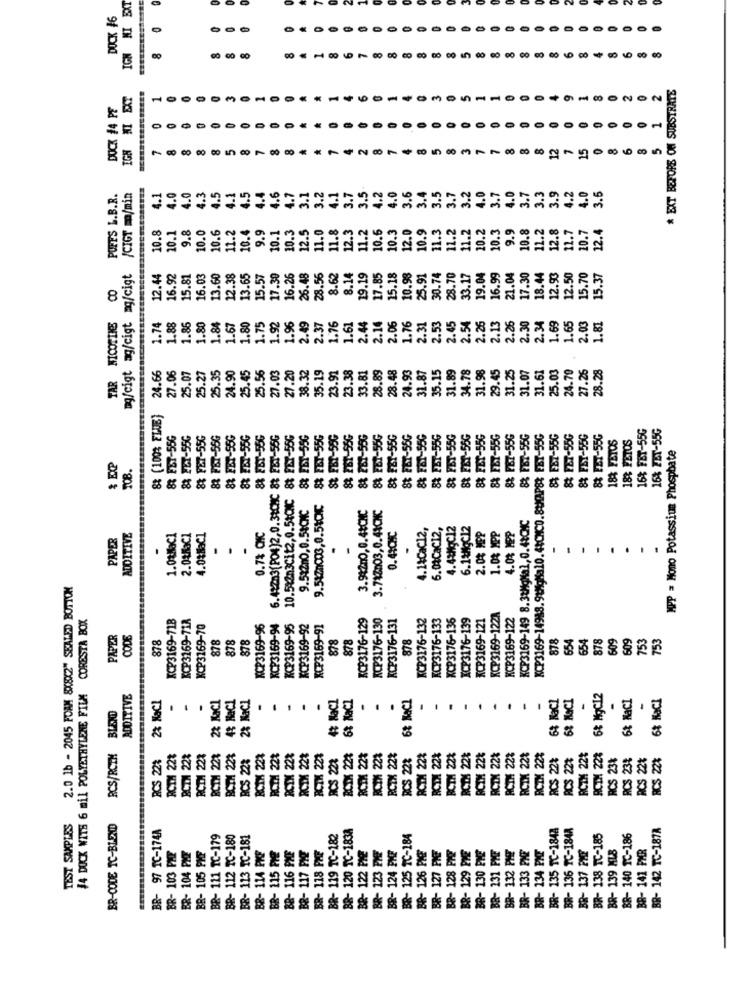
IGN NI EXT
DOCK #6
O
00
00
CO
* EXT BEFORE ON SUBSTRATE
IGN MI EXT
1
DUCK #4 PE
O
-
O
O
O
O
O
O
0
8
12
15
37
3.5
3.7
4.0
3.5
POFES L.B.R.
/CIGT m/min
4.1
4.0
4.0
4.3
1.5
4.1
4.5
4.4
4.6
4.7
3.1
3.2
4.1
3.7
4.2
4.0
3.6
3.4
3.5
3.2
4.0
3.7
4.0
3.7
3.3
3.9
4.2
10.8
10.0
10.4
10.3
12.5
11.8
12.3
12.0
11.3
11.2
11.2
10.2
10.3
9.9
10.8
11.2
10.1
9.8
10.6
11.2
9.9
10.1
11.0
11.2
10.6
10.3
10.9
12.8
11.7
10.7
12.4
mg/cigt ag/cigt mg/cigt
12.44
16.92
15.81
16.03
13.60
12.38
13.65
15.57
17.30
16.26
26.48
28.55
8.62
8.1
19.19
17.85
15.18
10.98
25.91
30.74
28.70
33.17
19.04
16.99
21.04
17.30
18.44
12.93
12.50
15.70
15.37
00
TAR NICOTINE
1.74
1.88
1.86
1.80
1.84
1.67
1.80
1.75
1.92
1.9%
2.45
2.37
1.76
1.61
2.44
2.14
2.06
1.76
2.31
2.53
2.45
2.54
2.26
2.13
2.26
2.30
2.34
1.69
1.65
2.03
1.81
25.27
25.35
24.90
25.45
25.56
27.03
27.20
38.32
35.19
23.92
23.38
28.89
28.48
24.93
35.15
31.89
34.78
29.45
31.25
31.07
31.61
25.03
24.79
27.26
28.28
24.66
27.06
25.07
33.81
31.87
31.98
88 (100% ELUE)
8 FET-55G
6.42703(PO4)2,0.31CHC 83 FET-55G
10.54203Cit2,0.54CNC 8t FET-55G
FET-55G
$2 FBT-55G
8 FBT-55G
8% FET-55G
16% FET-55G
16% FET-55G
& FET-55G
& FET-55G
8% FET-55G
8 FBT-55G
88 FET-55G
88 FBT-55G
88 FET-55G
281-55G
88 FET-55G
8 FBT-55G
8t FET-55G
& FET-55G
8% FBT-55G
88 FBT-55G
88 FET-55G
88 FBT-55G
88 FE7-55G
8% FBT-55G
8 FBT-55G
8 FE7-55G
8 FBT-55G
8 FET-55G
18% FETOS
188 FETOS
MPP = Mono Potassium Phosphate
9.51200,0.54CNC
9.5470003,0.510℃
3.94200,0.48CNC
3.747003,0.44CNC
KCP3169-149 8.3:MgMal,0.48CMC
4.14CaC12,
6.04Cac12,
4.42MgC12
6.1&MigC12
2.0% MPP
4.0% MPP
PAPER
ADDITIVE
1.0%MaCl
2.0&MaC1
4.0%MaCl
0.7% CNC
0.4:CHC
1.04 MPP
.
.
-
.
-
.
2.0 1b - 2045 FOAM 8X8X2" SEALED BOTTOM
#4 DOCK WITS 6 mil POLYETHYLENE FILM CORESTA BOX
XCP3169-718
KCP3169-71A
KCP3176-129
RCP3176-130
KCP3176-131
KCP3176-132
KCP3176-133
XCP3176-136
XCP3176-139
XCP3169-121
RCP3169-122A
KCP3169-122
KCP3169-70
KCP3169-96
KCP3169-94
KCP3169-95
KCP3169-92
XCP3169-91
PAPER
CODE
878
878
878
878
878
878
878
878
654
654
878
609
609
753
753
ADDITIVE
2% NaCl
2% Kaci
4% HaCl
2% NaCl
-
.
4% NaCl
68 NaCl
.
-
-
6% NaCl
62 NaCl
6% MgCI2
6% NaCI
6% NaCl
-
6% NaCl
.
.
.
-
.
.
-
-
BLEND
RCS/RCTH
RCTM 223
BCTH 223
RCIH 22%
RCS 22%
BCTH 224
RCDX 22%
RCIM 22%
RCTX 22%
RCDM 22%
RCTX 22%
RCIH 223
PCS 238
RCS 22%
RCTH 22%
BCTH 22%
BCTM 22%
BCS 28
BCTH 223
RCIX 22%
RCTX 22%
RCTK 223
CS 223
ATX 221
CTM 22%
RCIN 223
RCIX 22%
RCTV 22%
RCTX 22%
RCTX 223
ACS 22%
RCS 228
RCTM 22%
RCS 23%
RCS 22%
RCS 223
TEST SAMPLES
BR-CODE TC-BLANC
BR- 97 TC-174A
5 TC-1848
R- 136 TC-1848
142 TC-187A
BR- 111 1C-179
12 TC-180
- 113 IC-181
-182
C-184
C-185
186
PME
BR- 114 PKF
BR- 115 FY
128 PME
129 PME
130 PME
132 PHE
BR- 133 PME
BR- 105
116
103
BR- 104
117
BR- 137
BR-